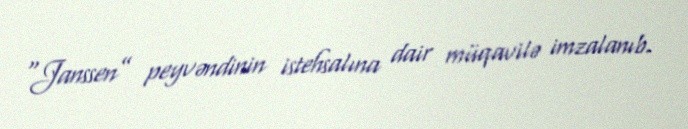
“Janssen” peyvəndinin istehsalına dair müqavilə imzalanıb.